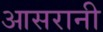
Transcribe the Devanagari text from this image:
आसरानी